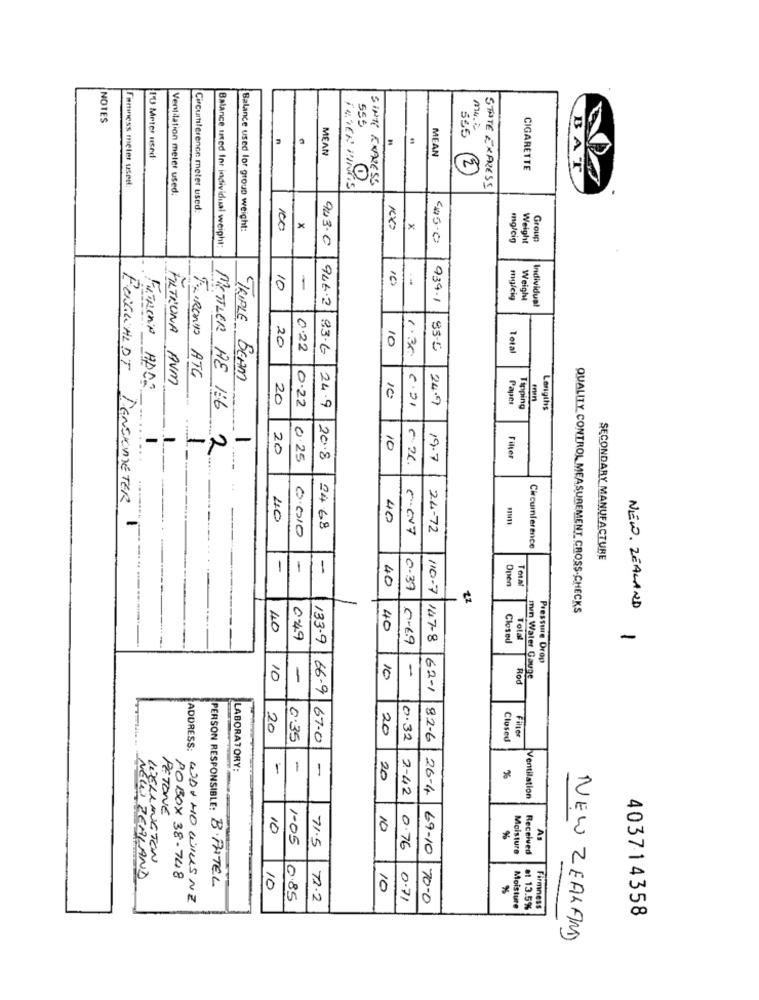
NOTES
555
565
T .
MEAN
MEAN
I'D Meter used
M
CIGARETTE
BAT
Førness meter user:
FEVER PING
SINTE EXPRESS
Ventilation meler used:
STATE EXPRESS
Circumference meter used:
Balance used lor group weight:
100
X
X
903.0
mg/cig
Weight
Group
Balance med Inr individual weight:
10
10
-
946.2
939-1
mg/cig
Weight
Individual
20
10
0.22
83.6
1.30
85-5
Total
BONWALDT
FURONO ATG
FILTRONA AVM
TRIPLE BEAM
20
10
24.7
Paper
METTLER DE 1:6
0.22
24.9
6.21
Tipping
Lengths
-
PEN -
20
10
0.25
20.8
19.7
DENSOMETER
40
40
-
0.010
24.68
5.07
24-72
Circumference
-
SECONDARY MANUFACTURE
-
-
-
40
Open
ToLat
0.37
110-7
21
QUALITY CONTROL MEASUREMENT CROSS-CHECKS
NEW ZEALAND
40
4€
049
6-69
187-8
Closed
Total
-
133.9
Pressure Drop
-
10
-
10
Rod
men Water Gauge
66-9
62-1
20
20
Filter
0.35
67.0
0.32
82-6
Closed
LABORATORY:
-
-
-
20
%
2-42
26-4
Ventilation
PETONE
10
10
1-05
71.5
As
0.76
69-10
Moisture
Received
WELLINGTON
ECO ZEALAND
POBOX 38-748
PERSON RESPONSIBLE: B.PATEL
10
10
%
ADDRESS: WAXHO WILLSNE
0.85
72.2
0.71
70.0
Moisture
et 13.5%
Firmness
403714358
NEW ZEALAND